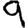
Digit: 9